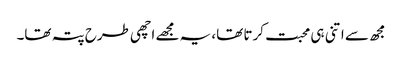
مجھ سے اتنی ہی محبت کرتا تھا، یہ مجھے اچھی طرح پتہ تھا۔